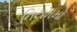
નિયમમો